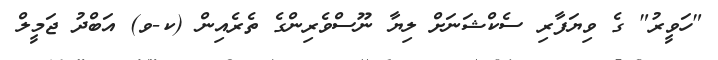
"ހަވީރު" ގެ ވިޔަފާރި ސެކްޝަނަށް ލިޔާ ނޫސްވެރިންގެ ތެރެއިން (ކ-ވ) އަބްދު ޖަމީލް